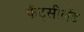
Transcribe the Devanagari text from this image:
फैंट्सीलैंड